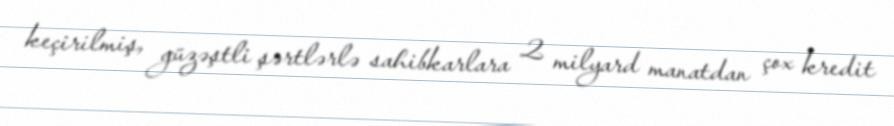
keçirilmiş, güzəştli şərtlərlə sahibkarlara 2 milyard manatdan çox kredit